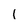
Character: 1